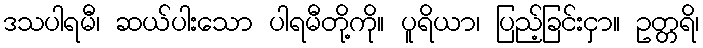
ဒသပါရမီ၊ ဆယ်ပါးသော ပါရမီတို့ကို။ ပူရိယာ၊ ပြည့်ခြင်းငှာ။ ဥတ္တရိ၊